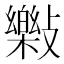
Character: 𣀝